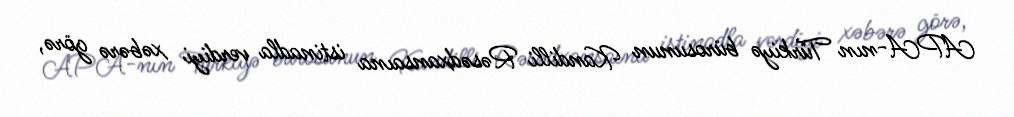
APA-nın Türkiyə bürosunun Kandilli Rəsədxansaına istinadla verdiyi xəbərə görə,